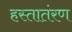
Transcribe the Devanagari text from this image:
हस्तातंरण